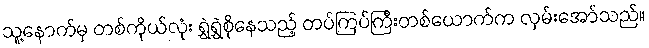
သူ့နောက်မှ တစ်ကိုယ်လုံး ရွှဲရွှဲစိုနေသည့် တပ်ကြပ်ကြီးတစ်ယောက်က လှမ်းအော်သည်။